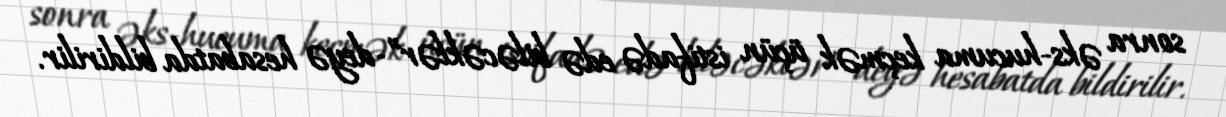
sonra əks-hucuma keçmək üçün istifadə edə biləcəklər”-deyə hesabatda bildirilir.